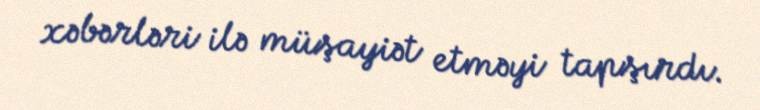
xəbərləri ilə müşayiət etməyi tapşırdı.